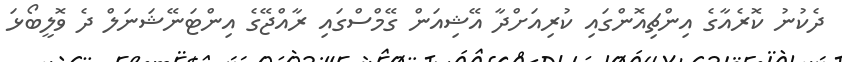
ދެކުނު ކޮރެއާގެ އިންޗިއޮންގައި ކުރިއަށްދާ އޭޝިއަން ގޭމްސްގައި ރާއްޖޭގެ އިންޓަނޭޝަނަލް ދެ ވޮލީބޯޅަ